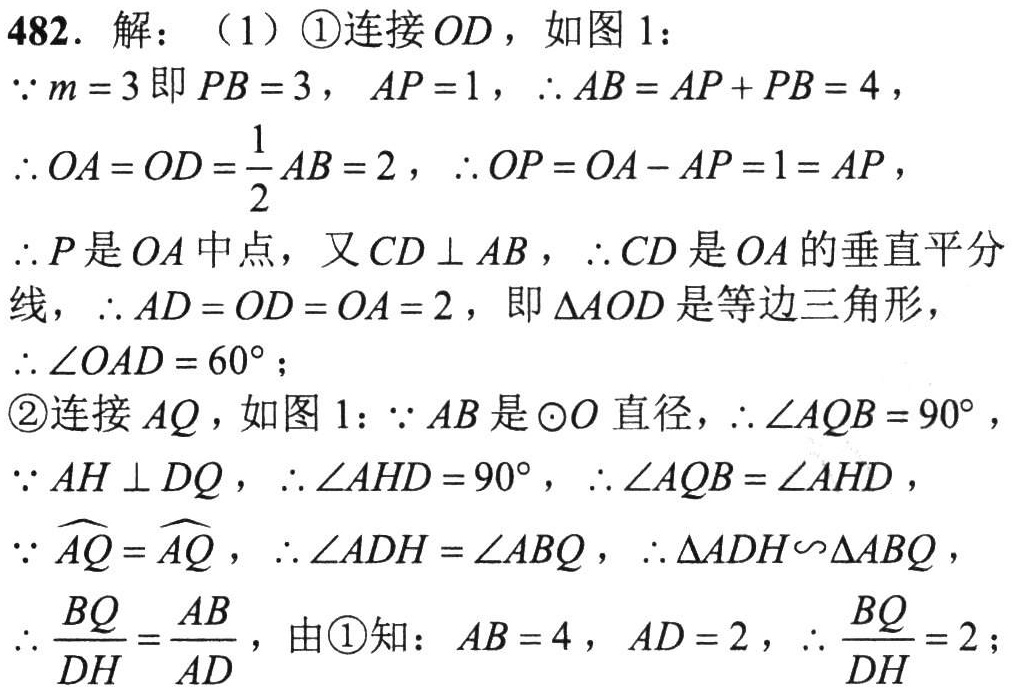
482. 解：（1）\(\textcircled{1}\)连接 \(OD\)，如图 1：

\(\because m = 3\)即\(PB = 3\)，\(AP = 1\)，\(\therefore AB = AP + PB = 4\)，

\(\therefore OA = OD=\frac{1}{2}AB = 2\)，\(\therefore OP = OA - AP = 1 = AP\)，

\(\therefore P\)是\(OA\)中点，又\(CD\perp AB\)，\(\therefore CD\)是\(OA\)的垂直平分线，\(\therefore AD = OD = OA = 2\)，即\(\Delta AOD\)是等边三角形，

\(\therefore\angle OAD = 60^{\circ}\)；

\(\textcircled{2}\)连接 \(AQ\)，如图 1：\(\because AB\)是\(\odot O\)直径，\(\therefore\angle AQB = 90^{\circ}\)，

\(\because AH\perp DQ\)，\(\therefore\angle AHD = 90^{\circ}\)，\(\therefore\angle AQB=\angle AHD\)，

\(\because\overset{\frown}{AQ}=\overset{\frown}{AQ}\)，\(\therefore\angle ADH=\angle ABQ\)，\(\therefore\Delta ADH\sim\Delta ABQ\)，

\(\therefore\frac{BQ}{DH}=\frac{AB}{AD}\)，由\(\textcircled{1}\)知：\(AB = 4\)，\(AD = 2\)，\(\therefore\frac{BQ}{DH}=2\)；